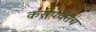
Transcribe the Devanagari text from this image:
करीपर्यंतच